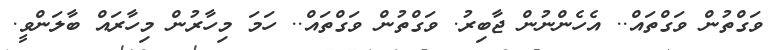
ވަގްތުން ވަގްތައް.. އެހެންނުން ޖާބިރު. ވަގްތުން ވަގްތައް.. ހަމަ މިހާރުން މިހާރައް ބާލަންވީ.